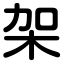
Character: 架